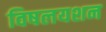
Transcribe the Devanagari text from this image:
विषलयशन